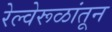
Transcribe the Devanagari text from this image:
रेल्वेरूळांतून